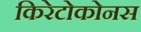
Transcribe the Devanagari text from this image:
किरेटोकोनस